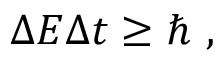
\Delta E \Delta t \geq \hbar \ ,